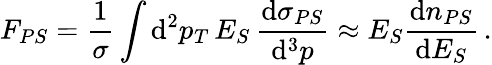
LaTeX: F_{PS}={\frac{1}{\sigma}}\int\mathrm{d}^{2}p_{T}\, E_{S}\, {\frac{\mathrm{d}\sigma_{PS}}{\mathrm{d}^{3}p}}\approx E_{S}{\frac{\mathrm{d}n_{PS}}{\mathrm{d}E_{S}}}\, .